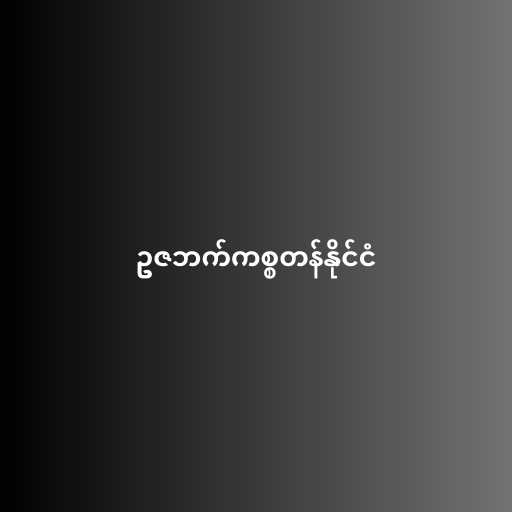
ဥဇဘက်ကစ္စတန်နိုင်ငံ